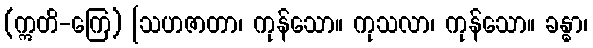
(ဣတိ-ကြေ) [သဟဇာတာ၊ ကုန်သော။ ကုသလာ၊ ကုန်သော။ ခန္ဓာ၊